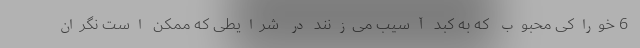
6 خوراکی محبوب که به کبد آسیب می‌زنند در شرایطی که ممکن است نگران